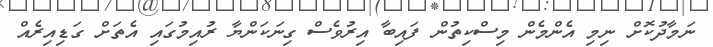
ނަމާދުކޮށް ނިމި އެންމެން މިސްކިތުން ފައިބާ އިރުވެސް ގިނަކަންޔާ ރުއިމުގައި އެތަށް ގަޑިއިރެއް